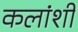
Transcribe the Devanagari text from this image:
कलांशी